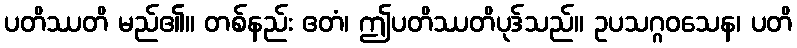
ပတိဿတိ မည်၏။ တစ်နည်း ဧတံ၊ ဤပတိဿတိပုဒ်သည်။ ဥပသဂ္ဂဝသေန၊ ပတိ